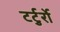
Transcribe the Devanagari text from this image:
टर्टुर्रो